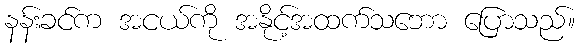
နန်းခင်က အငယ်ကို အနိုင့်အထက်သဘော ပြောသည်။